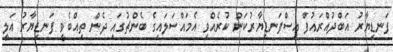
ފަނޑިޔާރު އަބްދުއްރައުފް އިސްފަނޑިޔާރުކަން ކުރެއްވި އެމައްސަލައިގެ ބެންޗުގައި ދެން ތިއްބެވީ ފަނޑިޔާރު އަލީ